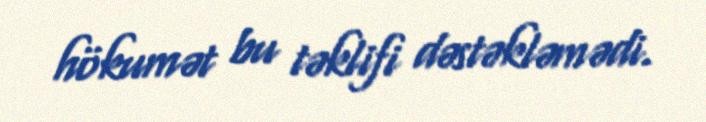
hökumət bu təklifi dəstəkləmədi.